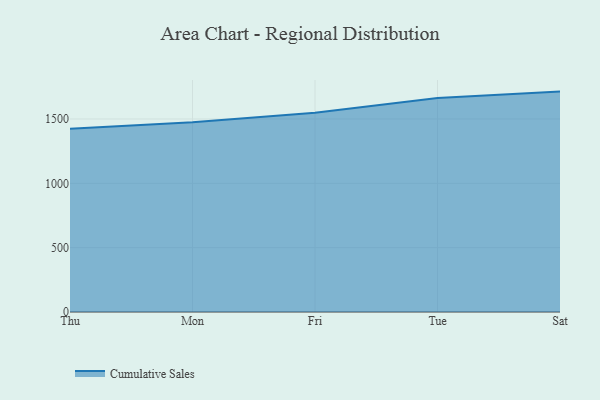
{"axis": {"x": "Day", "y": "Conversion Rate (%)"}, "legend": ["Cumulative Sales"], "data": [{"x": "Thu", "y": 1424.0, "type": "Cumulative Sales"}, {"x": "Mon", "y": 1473.9, "type": "Cumulative Sales"}, {"x": "Fri", "y": 1548.3, "type": "Cumulative Sales"}, {"x": "Tue", "y": 1663.1, "type": "Cumulative Sales"}, {"x": "Sat", "y": 1712.9, "type": "Cumulative Sales"}]}